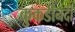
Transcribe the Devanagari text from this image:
कुकडीनदी